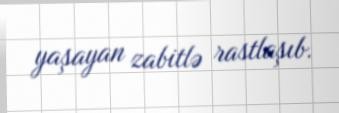
yaşayan zabitlə rastlaşıb.